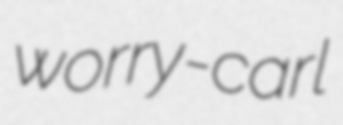
worry-carl